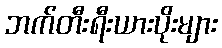
ဘက်တီးရီးယားပိုးများ